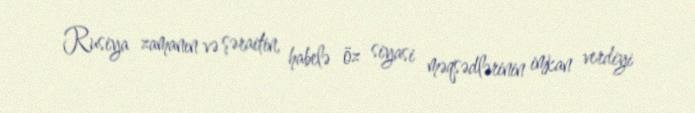
Rusiya zamanın və şəraitin, habelə öz siyasi məqsədlərinin imkan verdiyi